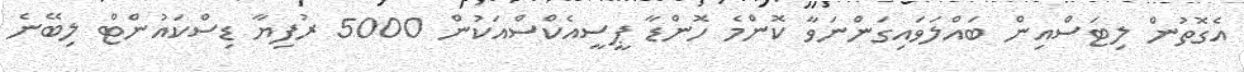
އެގޮތުން ލިޓަސްއިން ބައްލަވައިގަންނަވާ ކޮންމެ ހޮންޑާ ޕީސީއެކްސްއަކުން 5000 ރުފިޔާ ޑިސްކައުންޓް ލިބޭނެ